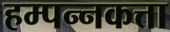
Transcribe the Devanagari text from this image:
हम्पन्नकत्ता